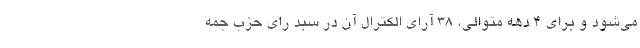
می‌شود و برای 4 دهه متوالی، 38 آرای الکترال آن در سبد رای حزب جمه